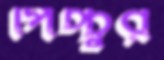
পিচ্চুর